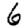
Digit: 6